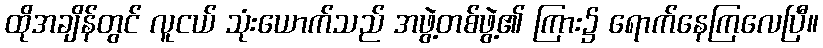
ထိုအချိန်တွင် လူငယ် သုံးယောက်သည် အဖွဲ့တစ်ဖွဲ့၏ ကြား၌ ရောက်နေကြလေပြီ။